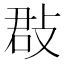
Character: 㪊